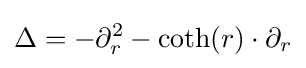
\displaystyle \Delta =-\partial _{r}^{2}-\coth(r)\cdot \partial _{r}